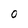
Character: 0